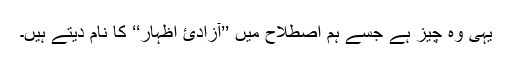
یہی وہ چیز ہے جسے ہم اصطلاح میں ’’آزادئ اظہار‘‘ کا نام دیتے ہیں۔